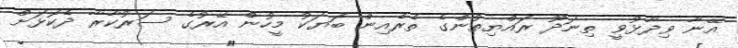
އޭނާ ވިދާޅުވީ ތިނަދޫ ރައްޔިތުންގެ ތެރެއިން ބަޔަކު މީހުން އޭރުގެ ސަރުކާރާ ދެކޮޅަށް